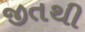
જીતથી